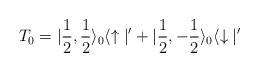
\begin{align*}T_0 = |\frac{1}{2}, \frac{1}{2} \rangle_0 \langle\uparrow |' + |\frac{1}{2}, -\frac{1}{2} \rangle_0 \langle \downarrow |'\end{align*}